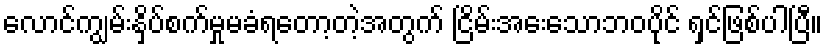
လောင်ကျွမ်းနှိပ်စက်မှုမခံရတော့တဲ့အတွက် ငြိမ်းအေးသောဘဝပိုင် ရှင်ဖြစ်ပါပြီ။